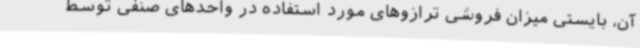
آن، بایستی میزان فروشی ترازوهای مورد استفاده در واحدهای صنفی توسط